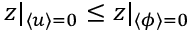
z | _ { \langle u \rangle = 0 } \leq z | _ { \langle \phi \rangle = 0 }